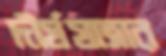
দীর্ঘযাত্রার